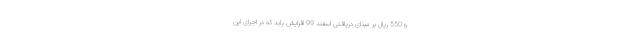
و 550 ریال بر مبنای دریافتی اسفند 99 افزایش یابد که در اجرای این